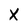
Character: X